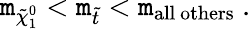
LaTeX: \mathtt{m}_{\tilde{{\chi}}_{1}^{0}}<\mathtt{m}_{\tilde{{t}}}<\mathtt{m}_{\mathrm{{all~others}}}\ .